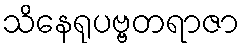
သိနေရုပဗ္ဗတရာဇာ